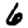
Digit: 6